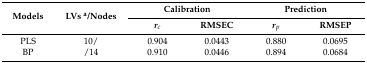
<table><thead><tr><td rowspan="2"><b>Models</b></td><td rowspan="2"><b>LVs <sup>a</sup>/Nodes</b></td><td colspan="2"><b>Calibration</b></td><td colspan="2"><b>Prediction</b></td></tr><tr><td><b><i>r<sub>c</sub></i></b></td><td><b>RMSEC</b></td><td><b><i>r<sub>p</sub></i></b></td><td><b>RMSEP</b></td></tr></thead><tbody><tr><td>PLS</td><td>10/</td><td>0.904</td><td>0.0443</td><td>0.880</td><td>0.0695</td></tr><tr><td>BP</td><td>/14</td><td>0.910</td><td>0.0446</td><td>0.894</td><td>0.0684</td></tr></tbody></table>